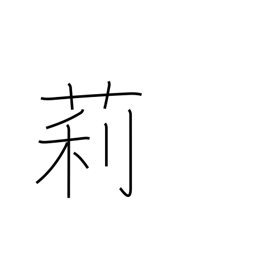
Meaning: jasmine